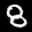
Digit: 8